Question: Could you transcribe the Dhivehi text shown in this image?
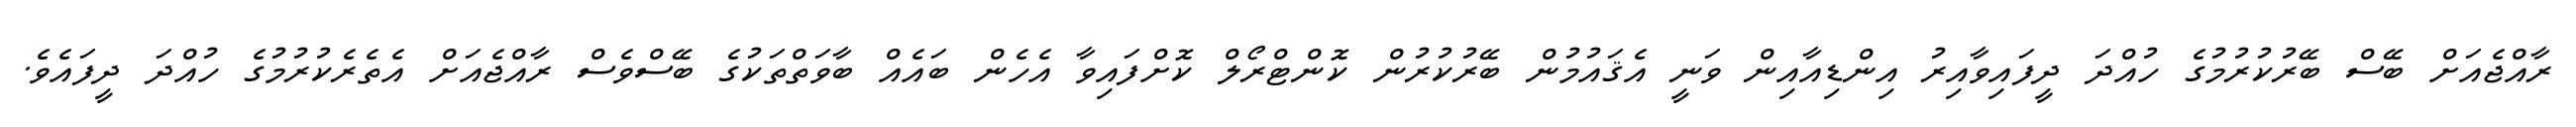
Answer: ރާއްޖެއަށް ބޭސް ބޭރުކުރުމުގެ ހުއްދަ ދީފައިވާއިރު އިންޑިއާއިން ވަނީ އެޤައުމުން ބޭރުކުރުން ކޮންޓްރޯލް ކޮށްފައިވާ އެހެން ބައެއް ބާވަތްތަކުގެ ބޭސްވެސް ރާއްޖެއަށް އެތެރެކުރުމުގެ ހުއްދަ ދީފައެވެ.